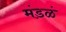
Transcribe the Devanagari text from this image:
मंडळं